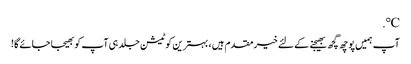
℃.
آپ ہمیں پوچھ گچھ بھیجنے کے لئے خیرمقدم ہیں ، بہترین کوٹیشن جلد ہی آپ کو بھیجا جائے گا!